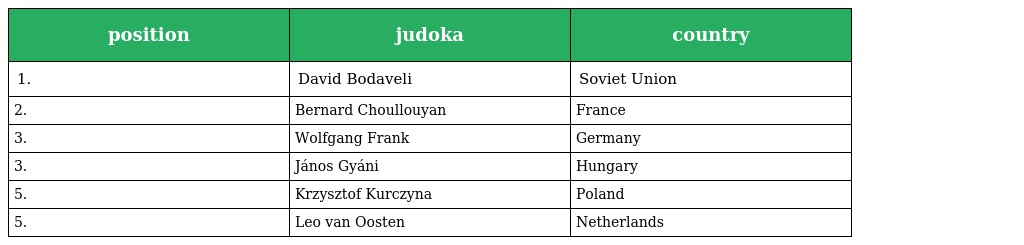
| position | judoka | country |
 | --- | --- | --- |
 | 1. | David Bodaveli | Soviet Union |
 | 2. | Bernard Choullouyan | France |
 | 3. | Wolfgang Frank | Germany |
 | 3. | János Gyáni | Hungary |
 | 5. | Krzysztof Kurczyna | Poland |
 | 5. | Leo van Oosten | Netherlands |